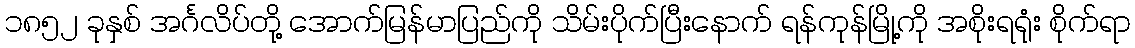
၁၈၅၂ ခုနှစ် အင်္ဂလိပ်တို့ အောက်မြန်မာပြည်ကို သိမ်းပိုက်ပြီးနောက် ရန်ကုန်မြို့ကို အစိုးရရုံး စိုက်ရာ